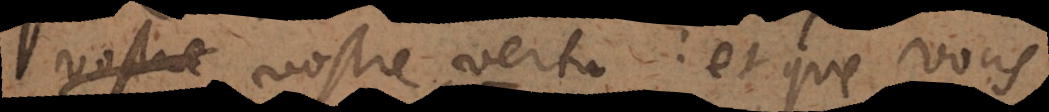
vostre vertu: et que vous